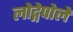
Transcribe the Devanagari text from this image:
लोद्गेपोले